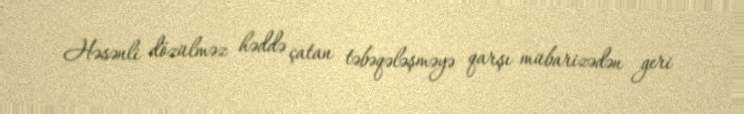
Həsənli dözülməz həddə çatan təbəqələşməyə qarşı mübarizədən geri